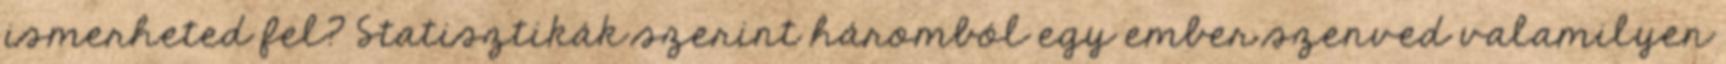
ismerheted fel? Statisztikák szerint háromból egy ember szenved valamilyen